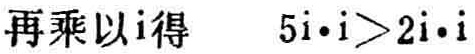
再乘以\(i\)得 \(5i\cdot i>2i\cdot i\)